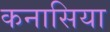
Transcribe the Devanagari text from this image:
कनासिया